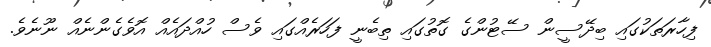
ފިހާރަތަކުގައި ބިދޭސީން ސޭޓުންގެ ގޮތުގައި ތިބެނީ ފަހަރެއްގައި ވެސް ހުއްދައެއް އޮވެގެންނެއް ނޫނެވެ.